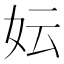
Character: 妘